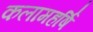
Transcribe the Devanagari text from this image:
कलामहर्षि